Vaccination in Burma 1912-1922 - 1912-1922
Year: 1912
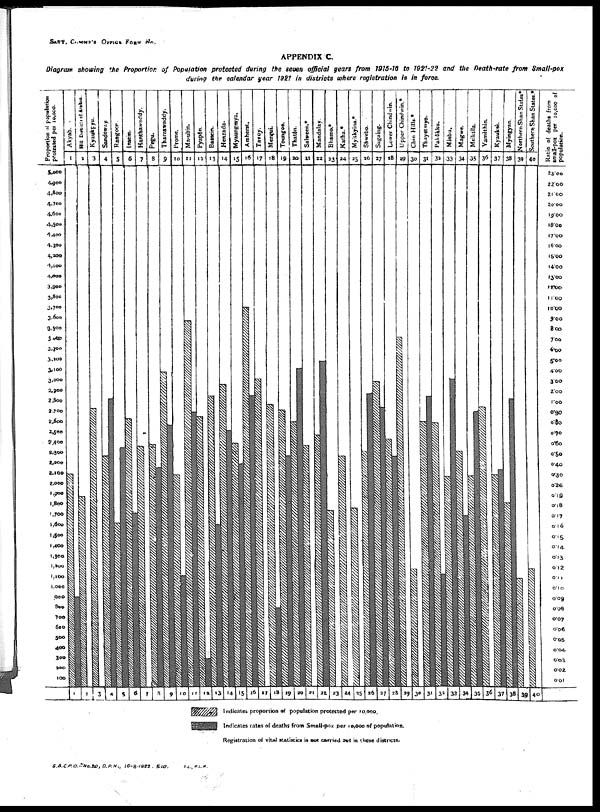
SANT. COMMP'S OFFICE FORM No.
APPENDIX C.
Diagram showing the Proportion of Population protected during the seven official years from 1915-16 to 1921-22 and the Death-rate from Small-pox
during the calendar year 1927 in districts where registration is in force.
G.B.C.P.O.—No.20, D.P.H., 16-8-1922. 510.
T.L.,
R.L.M.